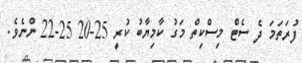
ފުރަތަމަ ދެ ސެޓް މިސްކިތް މަގު ކާމިޔާބު ކުރީ 25-20 25-22 ންނެވެ.